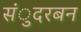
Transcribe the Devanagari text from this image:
संुदरबन